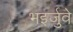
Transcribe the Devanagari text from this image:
भइर्जुवे